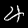
Digit: 4